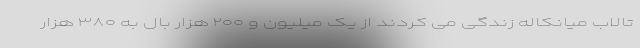
تالاب میانکاله زندگی می کردند از یک میلیون و ۲۰۰ هزار بال به ۳۸۰ هزار